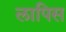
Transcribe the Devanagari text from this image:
लापिस